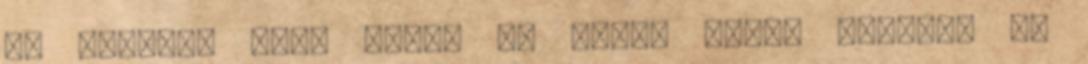
és teremtő erőd által ők adtak nekem életet. Ők